Scottish Leaving Certificate Examination, 1955
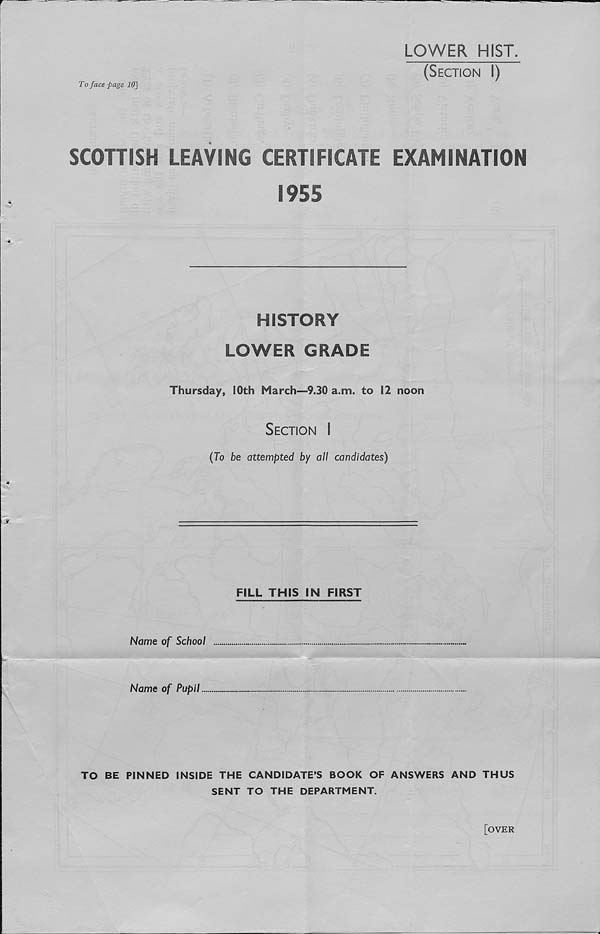
LOWER HIST.
(Section I)
To face page 10]
SCOHISH LEAVING CERTIFICATE EXAMINATION
1955
HISTORY
LOWER GRADE
Thursday, 10th March—9.30 a.m. to 12 noon
Section I
(To be attempted by all candidates)
FILL THIS IN FIRST
Name of School
Name of Pupil
TO BE PINNED INSIDE THE CANDIDATE’S BOOK OF ANSWERS AND THUS
SENT TO THE DEPARTMENT.
[over